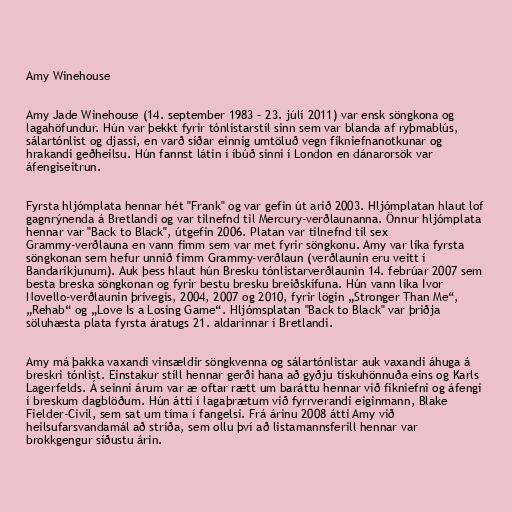
Amy Winehouse

Amy Jade Winehouse (14. september 1983 – 23. júlí 2011) var ensk söngkona og
lagahöfundur. Hún var þekkt fyrir tónlistarstíl sinn sem var blanda af ryþmablús,
sálartónlist og djassi, en varð síðar einnig umtöluð vegn fíkniefnanotkunar og
hrakandi geðheilsu. Hún fannst látin í íbúð sinni í London en dánarorsök var
áfengiseitrun.

Fyrsta hljómplata hennar hét "Frank" og var gefin út arið 2003. Hljómplatan hlaut lof
gagnrýnenda á Bretlandi og var tilnefnd til Mercury-verðlaunanna. Önnur hljómplata
hennar var "Back to Black", útgefin 2006. Platan var tilnefnd til sex
Grammy-verðlauna en vann fimm sem var met fyrir söngkonu. Amy var líka fyrsta
söngkonan sem hefur unnið fimm Grammy-verðlaun (verðlaunin eru veitt í
Bandaríkjunum). Auk þess hlaut hún Bresku tónlistarverðlaunin 14. febrúar 2007 sem
besta breska söngkonan og fyrir bestu bresku breiðskífuna. Hún vann líka Ivor
Novello-verðlaunin þrívegis, 2004, 2007 og 2010, fyrir lögin „Stronger Than Me“,
„Rehab“ og „Love Is a Losing Game“. Hljómsplatan "Back to Black" var þriðja
söluhæsta plata fyrsta áratugs 21. aldarinnar í Bretlandi.

Amy má þakka vaxandi vinsældir söngkvenna og sálartónlistar auk vaxandi áhuga á
breskri tónlist. Einstakur stíll hennar gerði hana að gyðju tískuhönnuða eins og Karls
Lagerfelds. Á seinni árum var æ oftar rætt um baráttu hennar við fíkniefni og áfengi
í breskum dagblöðum. Hún átti í lagaþrætum við fyrrverandi eiginmann, Blake
Fielder-Civil, sem sat um tíma í fangelsi. Frá árinu 2008 átti Amy við
heilsufarsvandamál að stríða, sem ollu því að listamannsferill hennar var
brokkgengur síðustu árin.